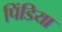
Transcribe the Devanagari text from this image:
पिंडिया